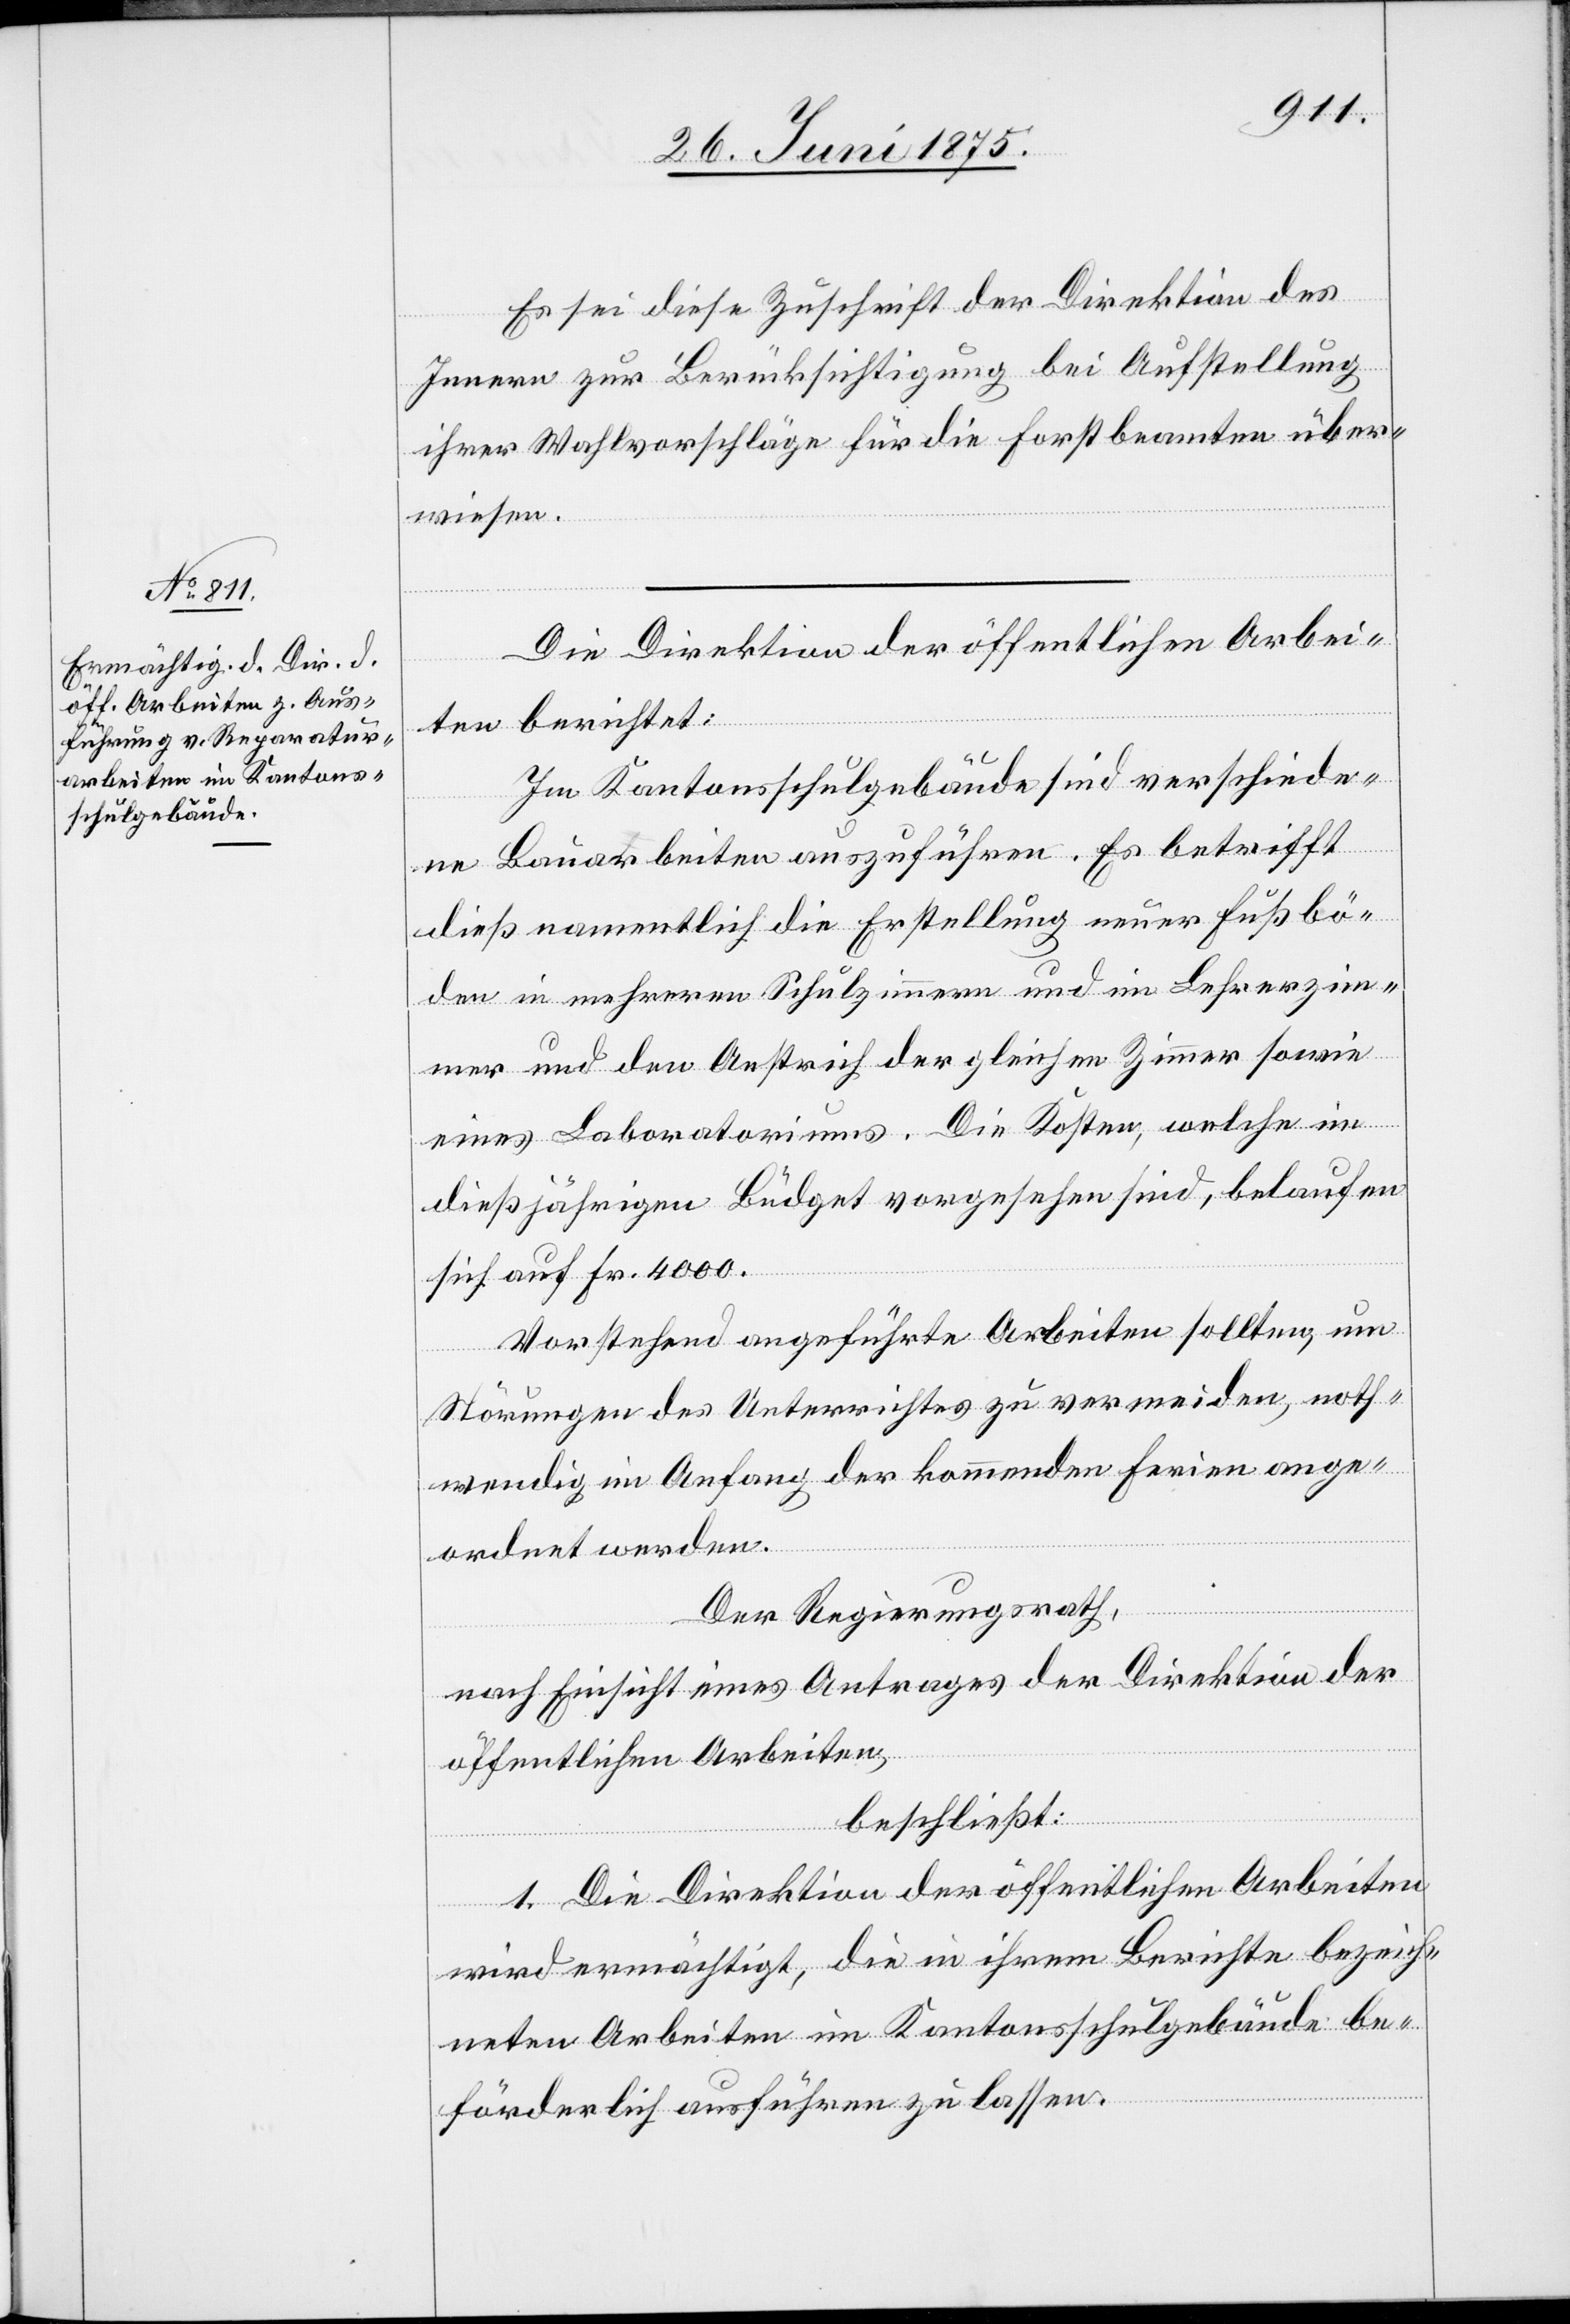
Es sei diese Zuschrift der Direktion des
Innern zur Berücksichtigung bei Aufstellung
ihrer Wahlvorschläge für die Forstbeamten über¬
wiesen.
Die Direktion der öffentlichen Arbei¬
ten berichtet:
Im Kantonsschulgebäude sind verschiede¬
ne Bauarbeiten auszuführen. Es betrifft
dieß namentlich die Erstellung neuer Fußbö¬
den in mehreren Schulzimmern und im Lehrerzim¬
mer und den Anstrich der gleichen Zimmer sowie
eines Laboratoriums. Die Kosten, welche im
dießjährigen Büdget vorgesehen sind, belaufen
sich auf Fr. 4000.
Vorstehend angeführte Arbeiten sollten, um
Störungen des Unterrichtes zu vermeiden, noth¬
wendig im Anfang der kommenden Ferien ange¬
ordnet werden.
Der Regierungsrath,
nach Einsicht eines Antrages der Direktion der
öffentlichen Arbeiten,
beschließt:
1. Die Direktion der öffentlichen Arbeiten
wird ermächtigt, die in ihrem Berichte bezeich¬
neten Arbeiten im Kantonsschulgebäude be¬
förderlich ausführen zu lassen.